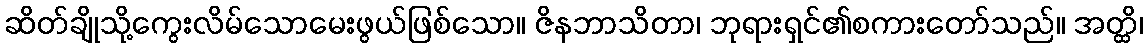
ဆိတ်ချိုသို့ကွေးလိမ်သောမေးဖွယ်ဖြစ်သော။ ဇိနဘာသိတာ၊ ဘုရားရှင်၏စကားတော်သည်။ အတ္ထိ၊